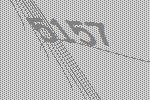
5157